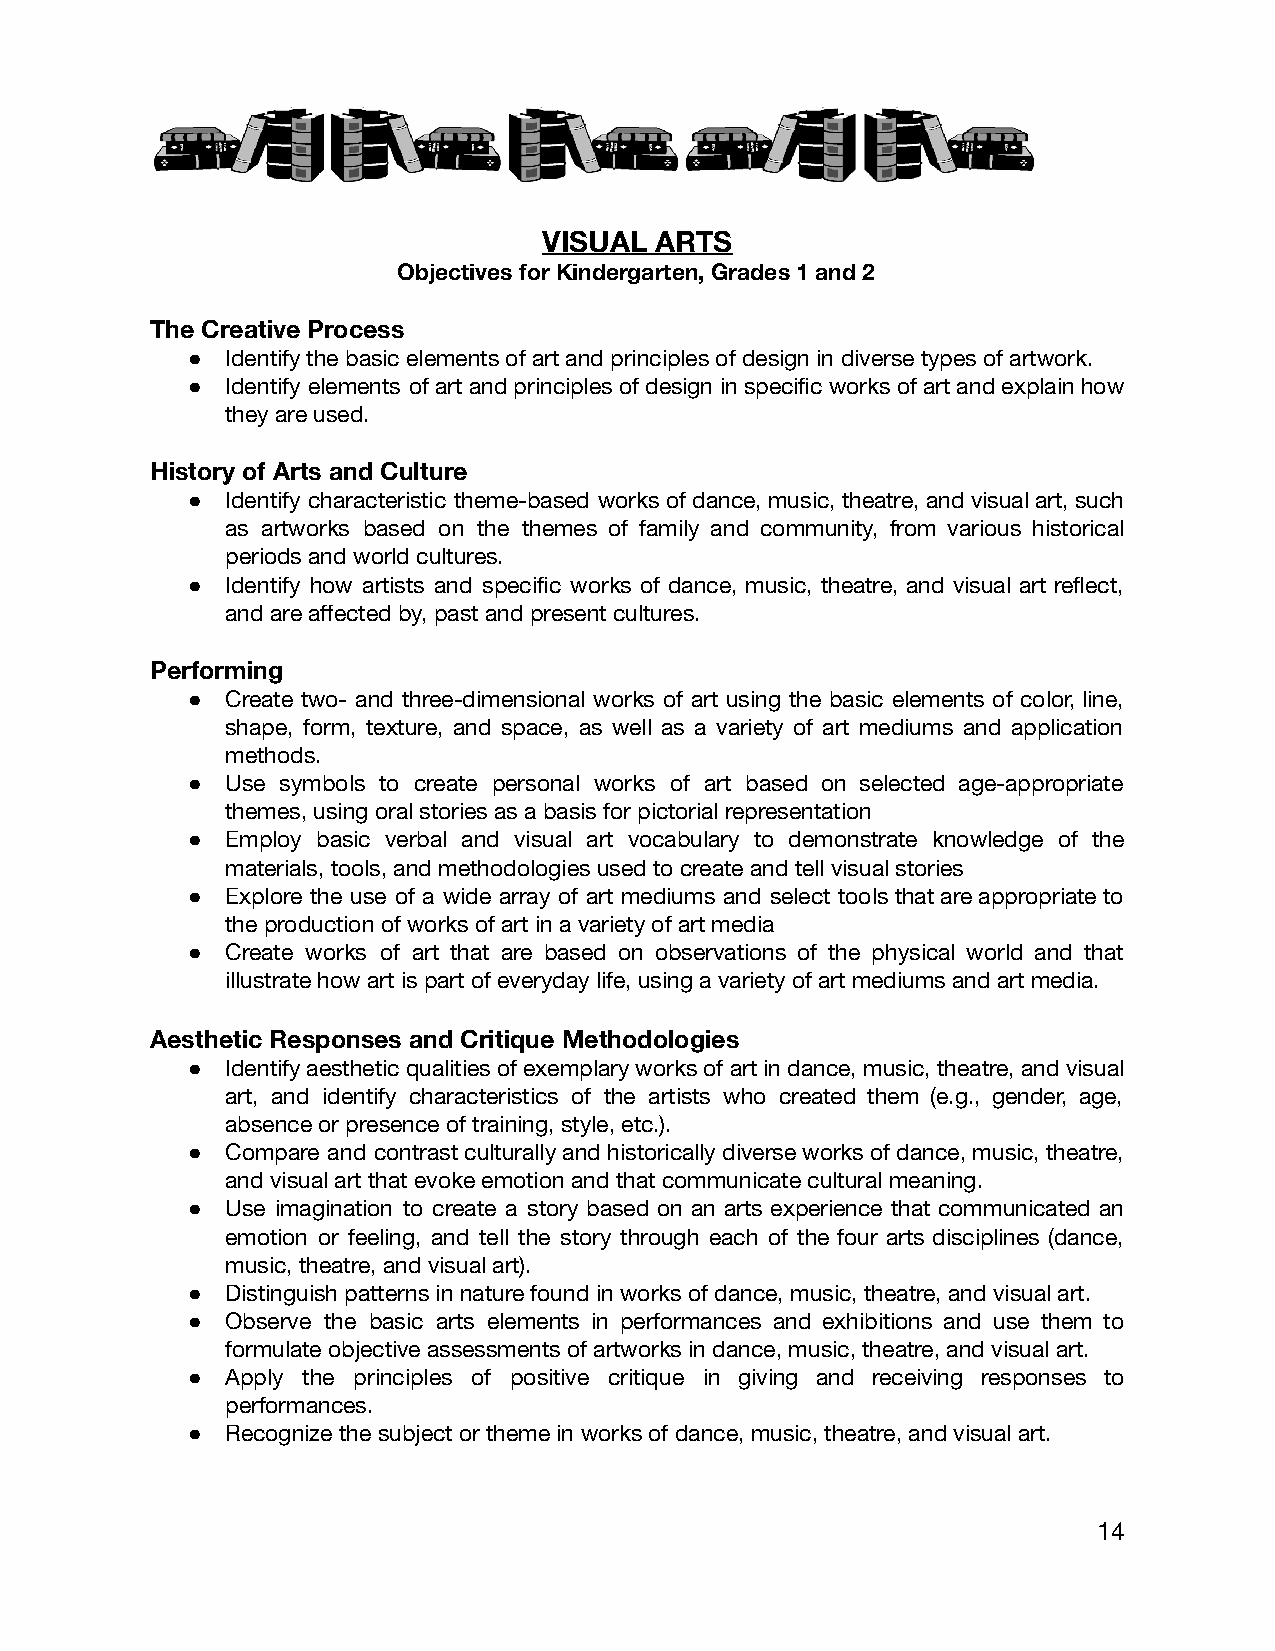
VISUAL ARTS
 Objectives for Kindergarten, Grades 1 and 2
 The Creative Process
 ●  Identify the basic elements of art and principles of design in diverse types of artwork.
 ●  Identify elements of art and principles of design in specific works of art and explain how
 they are used.
 History of Arts and Culture
 ●  Identify characteristic theme-based works of dance, music, theatre, and visual art, such
 as artworks based on the themes of family and community, from various historical
 periods and world cultures.
 ●  Identify how artists and specific works of dance, music, theatre, and visual art reflect,
 and are affected by, past and present cultures.
 Performing
 ●  Create two- and three-dimensional works of art using the basic elements of color, line,
 shape, form, texture, and space, as well as a variety of art mediums and application
 methods.
 ●  Use symbols to create personal works of art based on selected age-appropriate
 themes, using oral stories as a basis for pictorial representation
 ●  Employ basic verbal and visual art vocabulary to demonstrate knowledge of the
 materials, tools, and methodologies used to create and tell visual stories
 ●  Explore the use of a wide array of art mediums and select tools that are appropriate to
 the production of works of art in a variety of art media
 ●  Create works of art that are based on observations of the physical world and that
 illustrate how art is part of everyday life, using a variety of art mediums and art media.
 Aesthetic Responses and Critique Methodologies
 ●  Identify aesthetic qualities of exemplary works of art in dance, music, theatre, and visual
 art, and identify characteristics of the artists who created them (e.g., gender, age,
 absence or presence of training, style, etc.).
 ●  Compare and contrast culturally and historically diverse works of dance, music, theatre,
 and visual art that evoke emotion and that communicate cultural meaning.
 ●  Use imagination to create a story based on an arts experience that communicated an
 emotion or feeling, and tell the story through each of the four arts disciplines (dance,
 music, theatre, and visual art).
 ●  Distinguish patterns in nature found in works of dance, music, theatre, and visual art.
 ●  Observe the basic arts elements in performances and exhibitions and use them to
 formulate objective assessments of artworks in dance, music, theatre, and visual art.
 ●  Apply the principles of positive critique in giving and receiving responses to
 performances.
 ●  Recognize the subject or theme in works of dance, music, theatre, and visual art.
 14